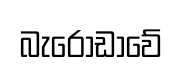
බැරෝඩාවේ